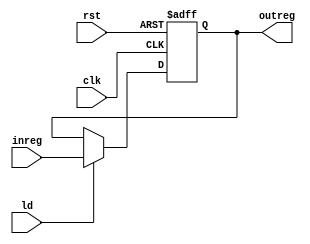
`timescale 1ns/1ns
module Flag2bitreg(input clk , rst , ld , input[1:0] inreg, output reg[1:0] outreg);
  always@(posedge clk, posedge rst)begin
    if(rst) outreg <= 2'b0;
    else if(ld) outreg <= inreg;
  end
endmodule